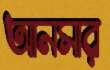
আনসার